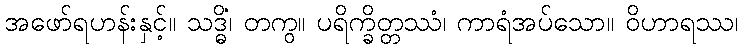
အဖော်ရဟန်းနှင့်။ သဒ္ဓိံ၊ တကွ။ ပရိက္ခိတ္တဿံ၊ ကာရံအပ်သော။ ဝိဟာရဿ၊